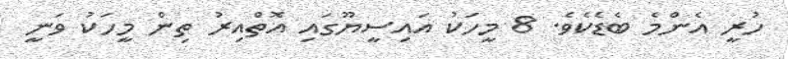
ހުރީ އެންމެ ބެޑެކެވެ. 8 މީހަކު އައިސީޔޫގައި އޮތްއިރު ތިން މީހަކު ވަނީ